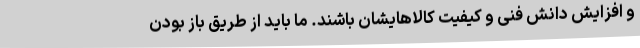
و افزایش دانش فنی و کیفیت کالاهایشان باشند. ما باید از طریق باز بودن